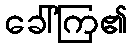
ခေါ်ကြ၏